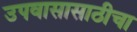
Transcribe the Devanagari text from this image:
उपवासासाठीचा